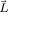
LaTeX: \scriptstyle { \vec { L } }